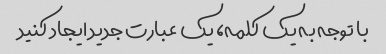
با توجه به یک کلمه، یک عبارت جدید ایجاد کنید